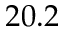
2 0 . 2